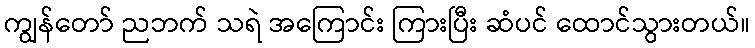
ကျွန်တော် ညဘက် သရဲ အကြောင်း ကြားပြီး ဆံပင် ထောင်သွားတယ်။